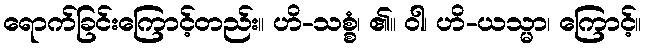
ရောက်ခြင်းကြောင့်တည်း။ ဟိ-သစ္စံ၊ ၏။ ဝါ၊ ဟိ-ယသ္မာ၊ ကြောင့်။